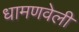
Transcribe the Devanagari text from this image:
धामणवेली